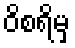
ဝိစရိမှ